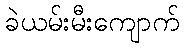
ခဲယမ်းမီးကျောက်